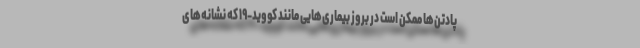
پادتن‌ها ممکن است در بروز بیماری‌هایی مانند کووید-۱۹ که نشانه‌های